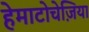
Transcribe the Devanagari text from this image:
हेमाटोचेज़िया